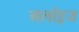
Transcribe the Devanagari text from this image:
अलॉइज